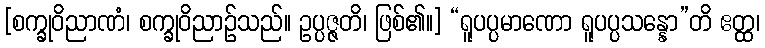
[စက္ခုဝိညာဏံ၊ စက္ခုဝိညာဉ်သည်။ ဥပ္ပဇ္ဇတိ၊ ဖြစ်၏။] “ရူပပ္ပမာဏော ရူပပ္ပသန္နော”တိ ဧတ္ထ၊